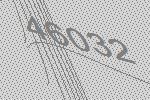
46032